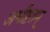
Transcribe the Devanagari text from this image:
अभीष्टतम्